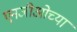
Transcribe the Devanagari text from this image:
एनजीओच्या